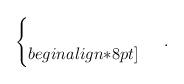
LaTeX: \begin{align*}\begin{cases}\ \\begin{align*}8pt]\ \end{cases}.\end{align*}